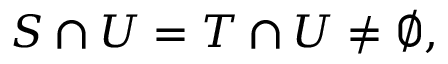
S \cap U = T \cap U \neq \emptyset ,